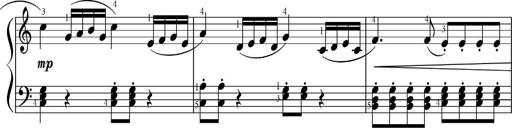
Title: Sonatinas
Composer: Andrew Violette